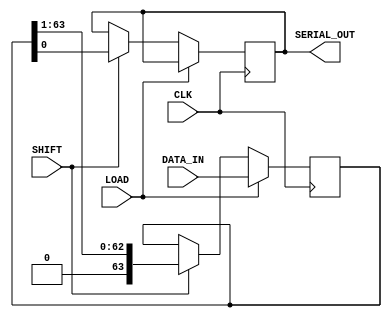
module PISO_64bit (
    input wire CLK,            // Clock signal
    input wire LOAD,          // Load signal
    input wire SHIFT,         // Shift signal
    input wire [63:0] DATA_IN, // 64-bit input data
    output reg SERIAL_OUT     // Serial output
);

    reg [63:0] shift_reg;     // 64-bit shift register
    
    always @(posedge CLK) begin
        if (LOAD) begin
            // Load data into the shift register
            shift_reg <= DATA_IN;
        end else if (SHIFT) begin
            // Shift data out serially
            SERIAL_OUT <= shift_reg[0]; // Output the LSB
            shift_reg <= {1'b0, shift_reg[63:1]}; // Shift right
        end
        // If neither LOAD nor SHIFT is active, hold the last state
    end

endmodule